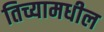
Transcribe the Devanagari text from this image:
तिच्यामधील